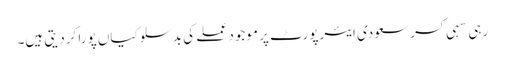
رہی سہی کسر سعودی ایئرپورٹ پر موجود عملے کی بدسلوکیاں پورا کردیتی ہیں۔